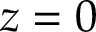
z = 0